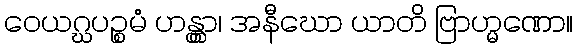
ဝေယဂ္ဃပဉ္စမံ ဟန္တွာ၊ အနီဃော ယာတိ ဗြာဟ္မဏော။